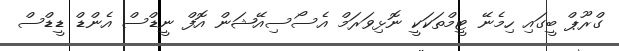
ގްރޫޕް ބީގައި ހިމެނޭ ޓީމްތަކަކީ ނޮޅިވަރަމް އެސޯސިއޭޝަން އޮފް ނީޑްސް އެންޑް ޑީޑްސް